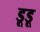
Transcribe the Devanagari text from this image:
डूडू